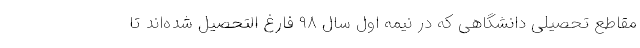
مقاطع تحصیلی دانشگاهی که در نیمه اول سال ۹۸ فارغ التحصیل شده‌اند تا